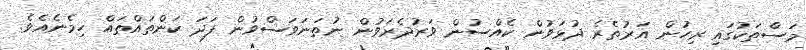
މަސްތަކުގައި ރިހުން އަރުތެރެ ދުޅަވުން ކެއްސުން ވަރުދެރަވުން ނުތަނަވަސްވުން ފަދަ ކަންތައްތައް ހިމެނެއެވެ.